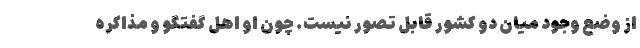
از وضع وجود میان دو کشور قابل تصور نیست. چون او اهل گفتگو و مذاكره